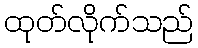
ထုတ်လိုက်သည်